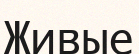
Живые